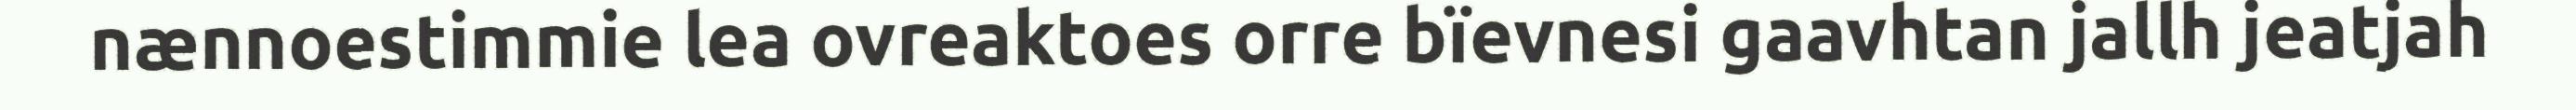
nænnoestimmie lea ovreaktoes orre bïevnesi gaavhtan jallh jeatjah